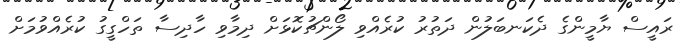
ރައީސް ޔާމީންގެ ދެކަނބަލުން ދަތުރު ކުރެއްވި ލޯންޗުކޮޅަށް ދިމާވި ހާދިސާ ތަހްގީގު ކުރެއްވުމަށް